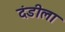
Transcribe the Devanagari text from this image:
दंडीला